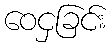
ဝေငှခြင်း